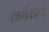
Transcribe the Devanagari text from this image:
सामंतप्रथा